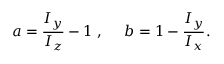
a = \frac { I _ { y } } { I _ { z } } - 1 \; , \; \; \; \; \; b = 1 - \frac { I _ { y } } { I _ { x } } .